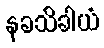
နခသိခါယံ